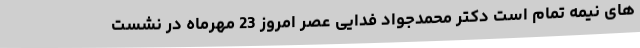
های نیمه تمام است دکتر محمدجواد فدایی عصر امروز 23 مهرماه در نشست